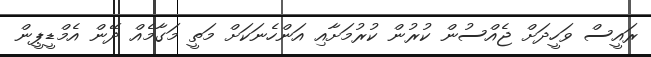
ރައީސް ވަހީދަށް ޖެއްސުން ކުރުން ކުރުމަށާއި އަންހެނަކަށް މަތީ މަގާމެއް ދޭން އެމްޑީޕީން